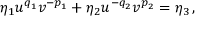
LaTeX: \eta _ { 1 } u ^ { q _ { 1 } } v ^ { - p _ { 1 } } + \eta _ { 2 } u ^ { - q _ { 2 } } v ^ { p _ { 2 } } = \eta _ { 3 } \, ,